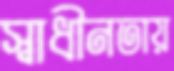
স্বাধীনতায়